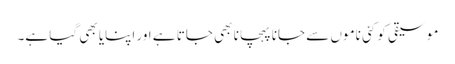
موسیقی کو کئی ناموں سے جانا پہچانا بھی جاتا ہے اور اپنایا بھی گیا ہے۔